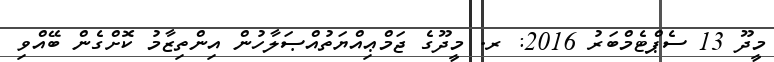
މީދޫ 13 ސެޕްޓެމްބަރު 2016: ރ. މީދޫގެ ޖަމްޢިއްޔަތުއްޞަލާހުން އިންތިޒާމު ކޮށްގެން ބޭއްވި